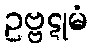
ဥဗ္ဗဋုမံ